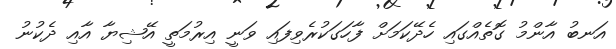
އަނބު އާންމު ގޮތެއްގައި ހެދޭކަމަށް ފާހަގަކުރެވިފައި ވަނީ އިރުމަތީ އޭޝިޔާ އާއި ދެކުނު